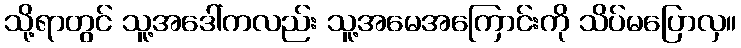
သို့ရာတွင် သူ့အဒေါ်ကလည်း သူ့အမေအကြောင်းကို သိပ်မပြောလှ။